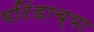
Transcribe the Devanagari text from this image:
भटिंडाच्या